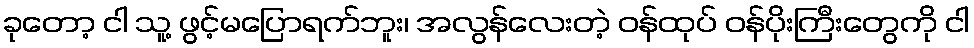
ခုတော့ ငါ သူ့ ဖွင့်မပြောရက်ဘူး၊ အလွန်လေးတဲ့ ဝန်ထုပ် ဝန်ပိုးကြီးတွေကို ငါ